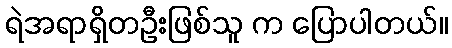
ရဲအရာရှိတဦးဖြစ်သူ က ပြောပါတယ်။